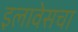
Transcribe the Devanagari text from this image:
इलावेसचा